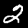
Label: 2